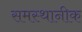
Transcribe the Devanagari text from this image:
समस्थानीक